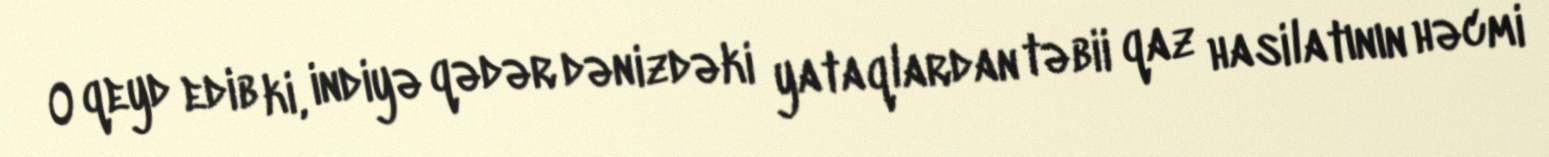
O qeyd edib ki, indiyə qədər dənizdəki yataqlardan təbii qaz hasilatının həcmi